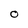
Character: 0